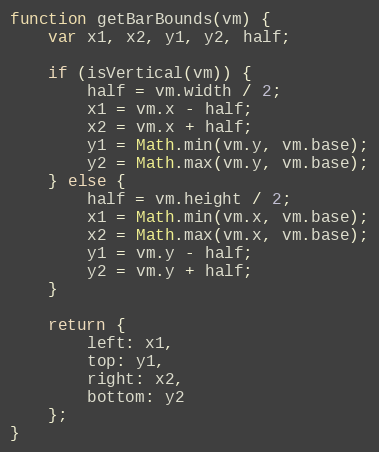
Language: JavaScript
function getBarBounds(vm) {
	var x1, x2, y1, y2, half;

	if (isVertical(vm)) {
		half = vm.width / 2;
		x1 = vm.x - half;
		x2 = vm.x + half;
		y1 = Math.min(vm.y, vm.base);
		y2 = Math.max(vm.y, vm.base);
	} else {
		half = vm.height / 2;
		x1 = Math.min(vm.x, vm.base);
		x2 = Math.max(vm.x, vm.base);
		y1 = vm.y - half;
		y2 = vm.y + half;
	}

	return {
		left: x1,
		top: y1,
		right: x2,
		bottom: y2
	};
}